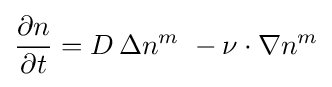
{\frac {\partial n}{\partial t}}=D\,\Delta n^{m}\ -\nu \cdot \nabla n^{m}